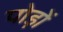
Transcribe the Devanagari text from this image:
पोड़ों